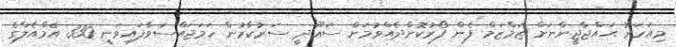
މިއަހަރު ޙައްޖާޖީންނަށް ޒަމްޒަމް ފެން ފޯރުކޮށްދެއްވުމަށް ސަޢޫދީ ސަރުކާރުން ހަމަޖައްސަވާފައިވަނީ 330 އެމްއެލްގެ